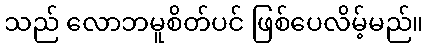
သည် လောဘမူစိတ်ပင် ဖြစ်ပေလိမ့်မည်။